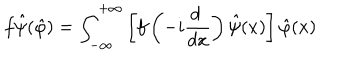
LaTeX: f \hat { \psi } ( \hat { \varphi } ) = \int _ { - \infty } ^ { + \infty } \left[ f \left( - i \frac { d ~ } { d x } \right) \hat { \psi } ( x ) \right] \hat { \varphi } ( x )